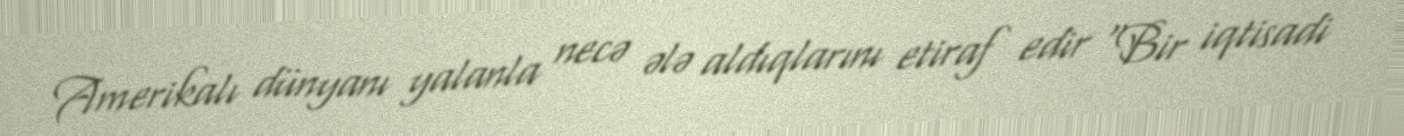
Amerikalı dünyanı yalanla necə ələ aldıqlarını etiraf edir “Bir iqtisadi